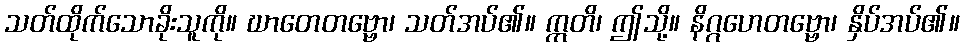
သတ်ထိုက်သောခိုးသူကို။ ဃာတေတဗ္ဗော၊ သတ်အပ်၏။ ဣတိ၊ ဤသို့။ နိဂ္ဂဟေတဗ္ဗော၊ နှိပ်အပ်၏။